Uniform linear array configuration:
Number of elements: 12
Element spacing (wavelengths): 1
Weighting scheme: cosine
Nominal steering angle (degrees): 0
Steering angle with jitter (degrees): -1.155
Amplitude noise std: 0.05
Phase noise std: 0.05

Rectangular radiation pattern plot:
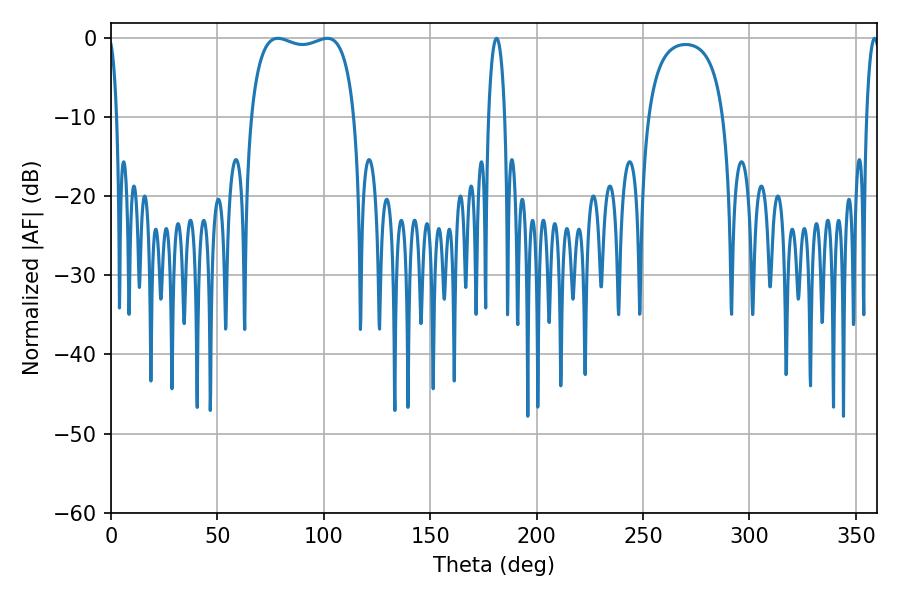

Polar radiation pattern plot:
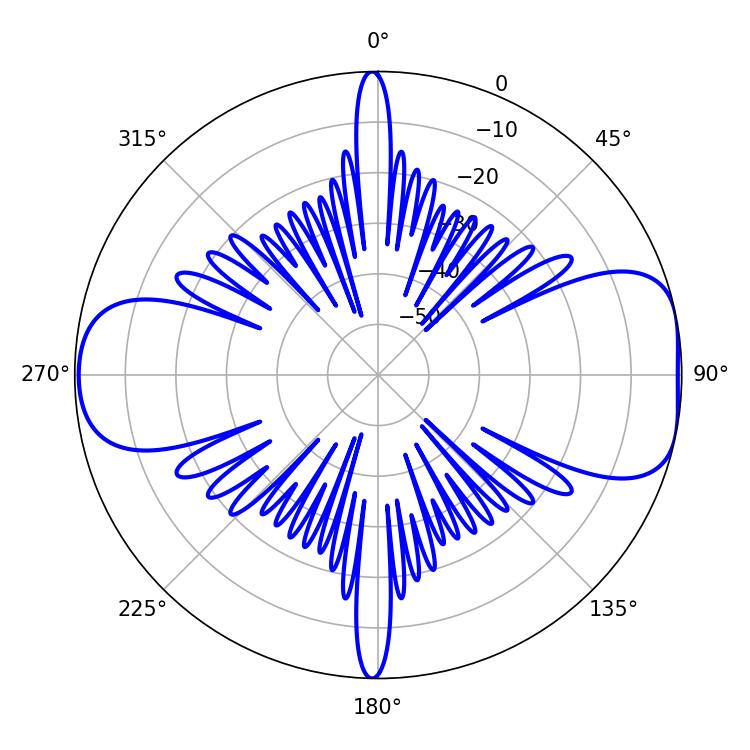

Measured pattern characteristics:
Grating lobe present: TRUE
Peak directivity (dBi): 8.411
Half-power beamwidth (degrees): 39.6
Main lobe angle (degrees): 78.3